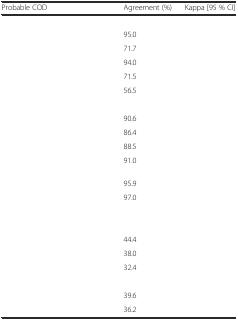
<table><thead><tr><td><b>Probable COD</b></td><td><b>Agreement (%)</b></td><td><b>Kappa [95 % CI]</b></td></tr></thead><tbody><tr><td>[EMPTY_CELL]</td><td>[EMPTY_CELL]</td><td>[EMPTY_CELL]</td></tr><tr><td>[EMPTY_CELL]</td><td>95.0</td><td>[EMPTY_CELL]</td></tr><tr><td>[EMPTY_CELL]</td><td>71.7</td><td>[EMPTY_CELL]</td></tr><tr><td>[EMPTY_CELL]</td><td>94.0</td><td>[EMPTY_CELL]</td></tr><tr><td>[EMPTY_CELL]</td><td>71.5</td><td>[EMPTY_CELL]</td></tr><tr><td>[EMPTY_CELL]</td><td>56.5</td><td>[EMPTY_CELL]</td></tr><tr><td>[EMPTY_CELL]</td><td>[EMPTY_CELL]</td><td>[EMPTY_CELL]</td></tr><tr><td>[EMPTY_CELL]</td><td>90.6</td><td>[EMPTY_CELL]</td></tr><tr><td>[EMPTY_CELL]</td><td>86.4</td><td>[EMPTY_CELL]</td></tr><tr><td>[EMPTY_CELL]</td><td>88.5</td><td>[EMPTY_CELL]</td></tr><tr><td>[EMPTY_CELL]</td><td>91.0</td><td>[EMPTY_CELL]</td></tr><tr><td>[EMPTY_CELL]</td><td>95.9</td><td>[EMPTY_CELL]</td></tr><tr><td>[EMPTY_CELL]</td><td>97.0</td><td>[EMPTY_CELL]</td></tr><tr><td>[EMPTY_CELL]</td><td>[EMPTY_CELL]</td><td>[EMPTY_CELL]</td></tr><tr><td>[EMPTY_CELL]</td><td>[EMPTY_CELL]</td><td>[EMPTY_CELL]</td></tr><tr><td>[EMPTY_CELL]</td><td>44.4</td><td>[EMPTY_CELL]</td></tr><tr><td>[EMPTY_CELL]</td><td>38.0</td><td>[EMPTY_CELL]</td></tr><tr><td>[EMPTY_CELL]</td><td>32.4</td><td>[EMPTY_CELL]</td></tr><tr><td>[EMPTY_CELL]</td><td>[EMPTY_CELL]</td><td>[EMPTY_CELL]</td></tr><tr><td>[EMPTY_CELL]</td><td>39.6</td><td>[EMPTY_CELL]</td></tr><tr><td>[EMPTY_CELL]</td><td>36.2</td><td>[EMPTY_CELL]</td></tr></tbody></table>